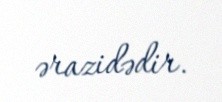
ərazidədir.